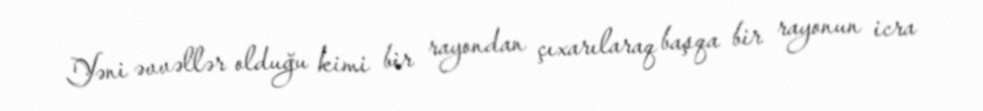
Yəni əvvəllər olduğu kimi bir rayondan çıxarılaraq başqa bir rayonun icra